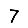
Digit: 7